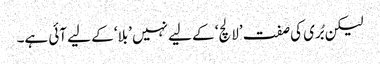
لیکن بُری کی صفت ’لالچ‘ کے لیے نہیں ’بلا‘ کے لیے آئی ہے۔